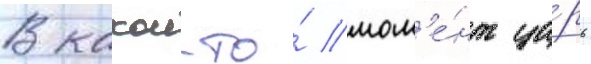
В какои-то́ мом'е́нт ца́рь